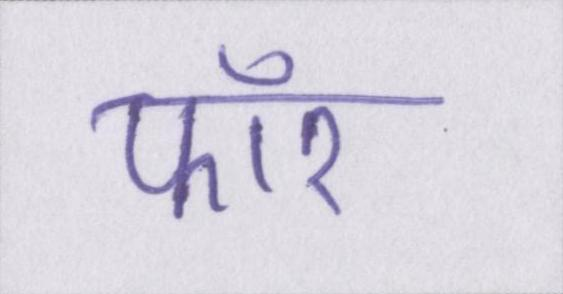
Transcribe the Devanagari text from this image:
फॉर